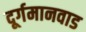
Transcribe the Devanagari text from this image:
दूर्गमानवाड